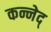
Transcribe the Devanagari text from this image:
कन्नेद्